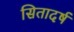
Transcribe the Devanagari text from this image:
सितादर्ष